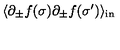
\: \langle \partial _ { \pm } f ( \sigma ) \partial _ { \pm } f ( \sigma ^ { \prime } ) \rangle _ { \mathrm { { i n } } } \: